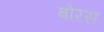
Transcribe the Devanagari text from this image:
बोरस